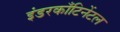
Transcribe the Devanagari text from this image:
इंडरकाँटिनेंटल